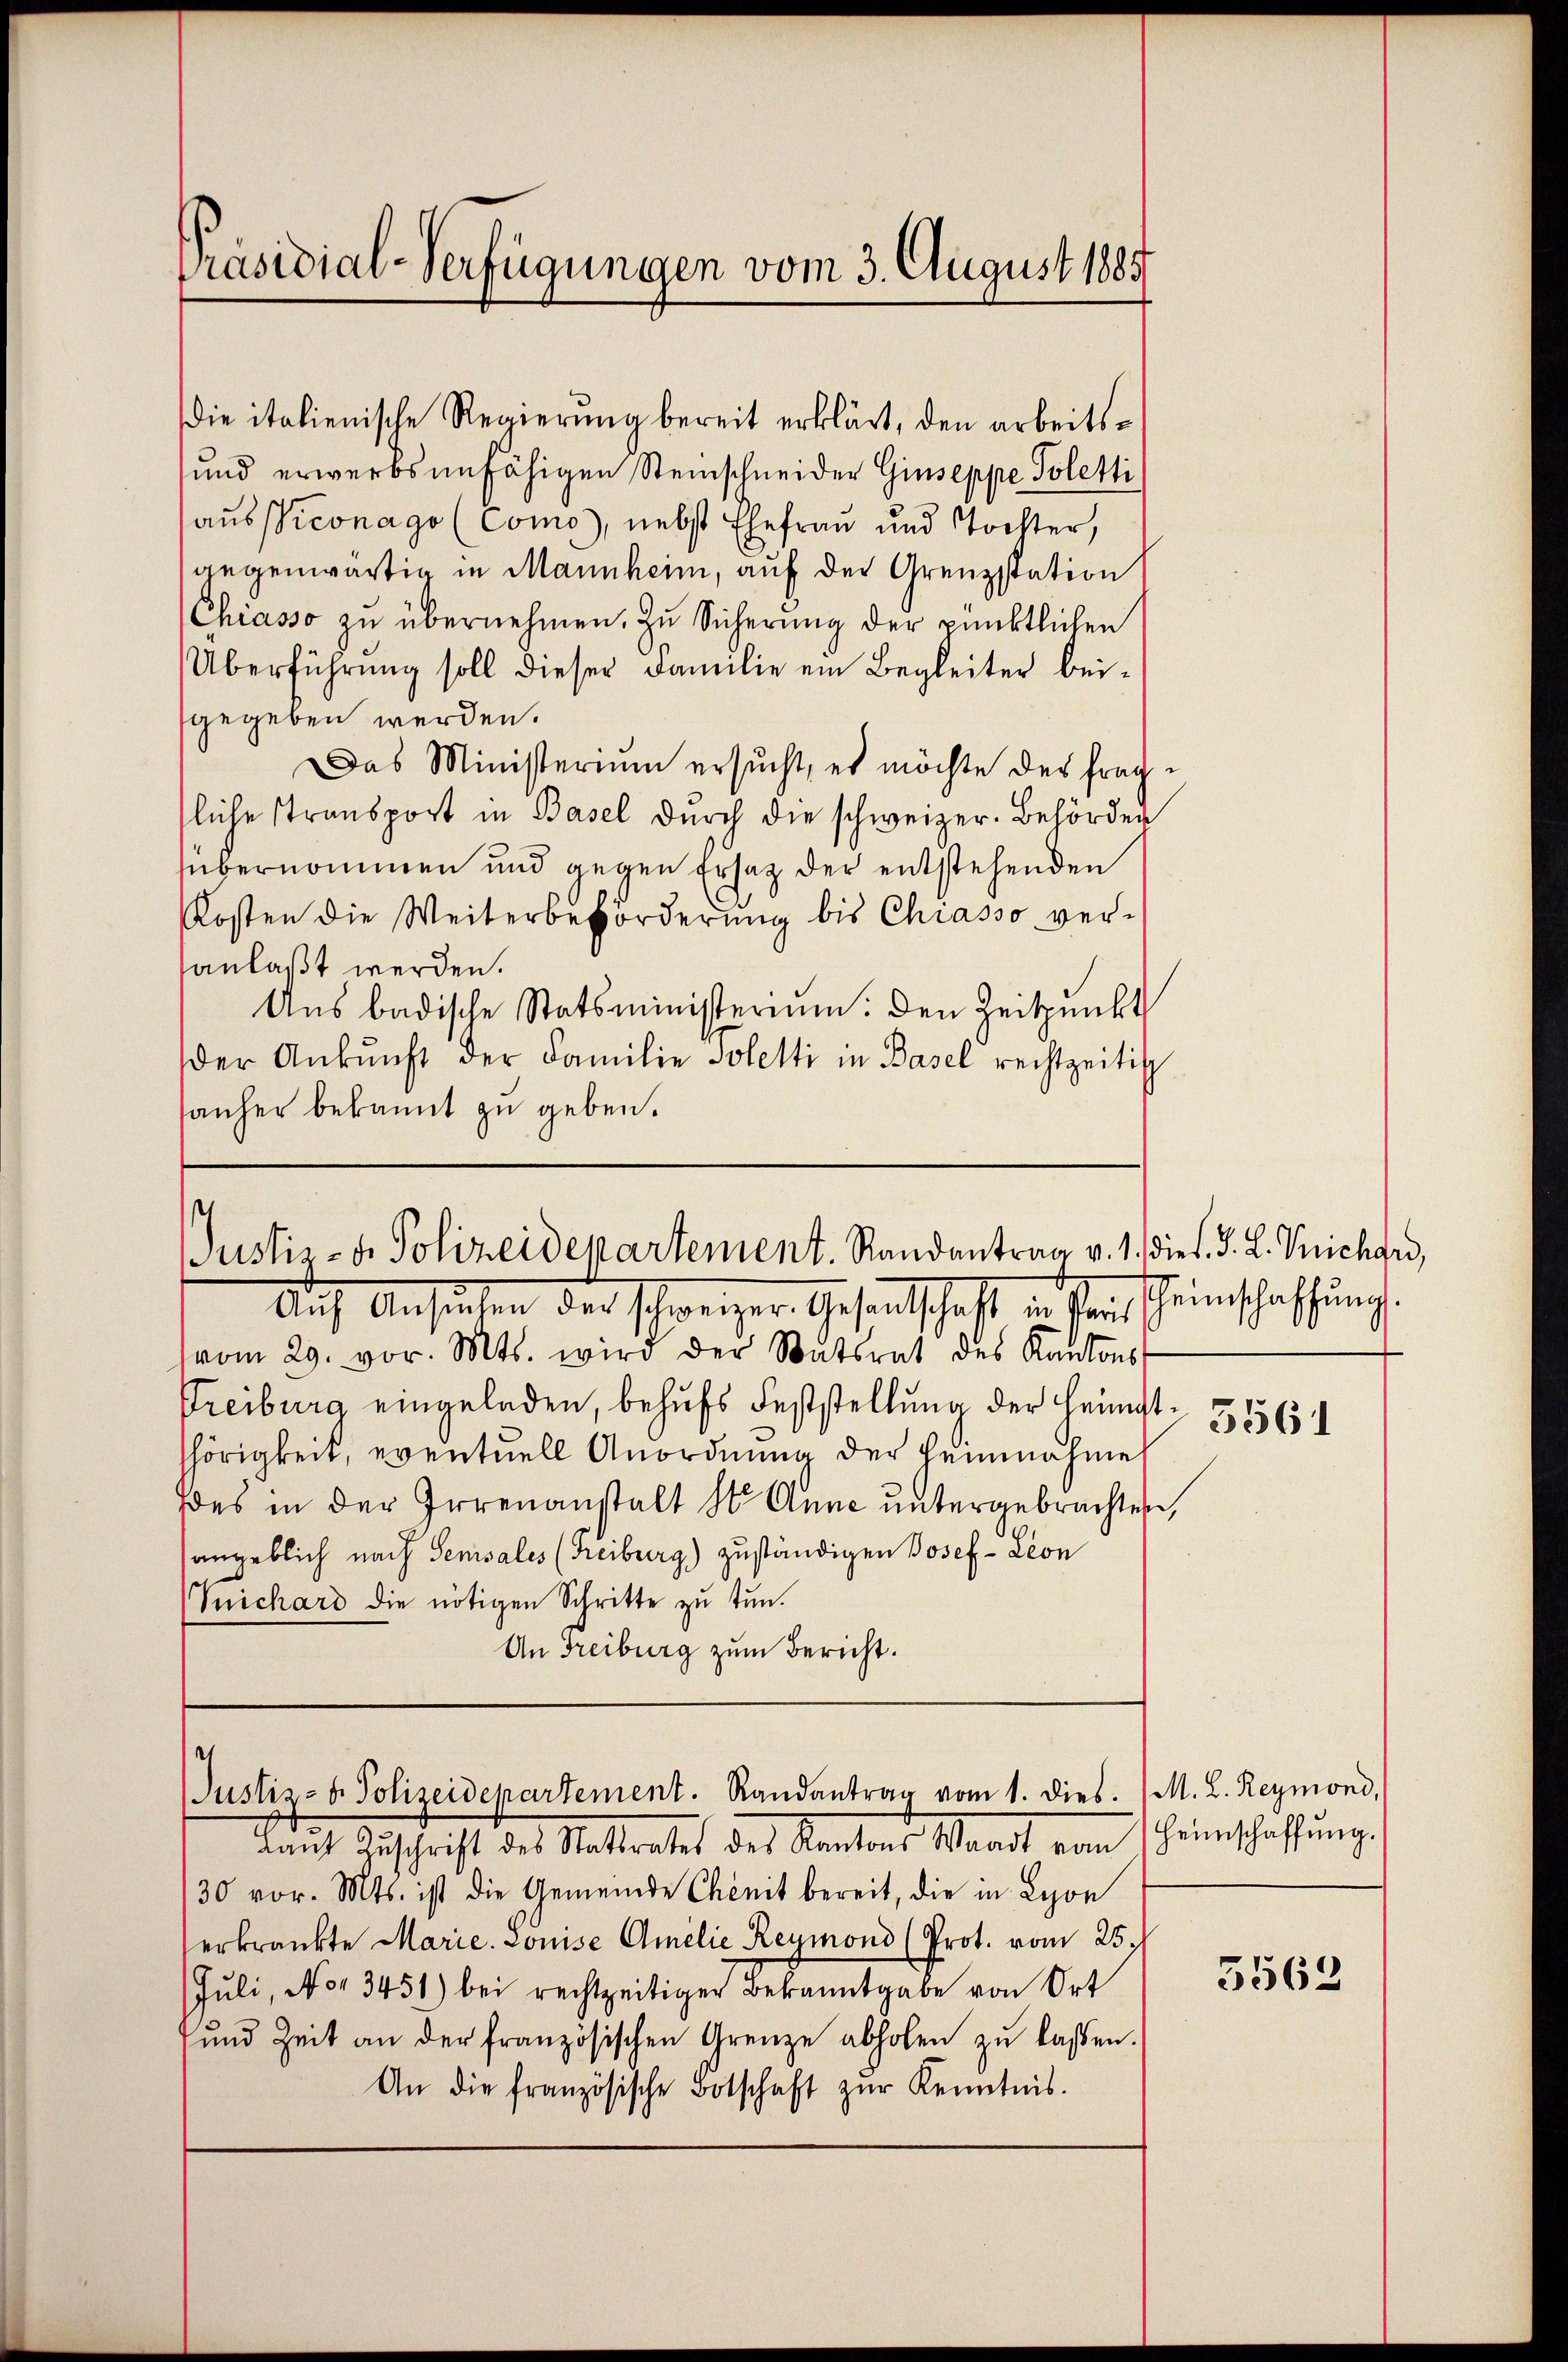
Präsidial-Verfügungen vom 3. August 1885

die italienische Regierŭng bereit erklärt, den arbeits¬
und erwerbsunfähigen Steinschneider Giuseppe Soletti
ausViconago (Come), nebst Ehefrau und Tochter,
gegenwärtig in Mannheim, auf der Grenzstation
(Chiasso zu übernehmen. Zu Sicherung der pünktlichen
Überführung soll dieser Familie ein Begleiter beigegeben werden.
Das Ministerium ersucht, es möchte des fragfliche Stransport in Basel durch die schweizer. Behörden
sübernommen und gegen Ersatz der entstehenden
Kosten die Weiterbeförderŭng bis Chiasso ver-
anlaßt werden.
Ans badische Statsministerium: den Zeitpunkt
der Ankunft der Familie soletti in Basel rechtzeitig
sanher bekannt zu geben.

1
Justiz- u. Polizeidepartement. Randantrag v. 1. dies. S. L. Michard,

Aŭf Ansiehen der schweizer Gesandtschaft in Parischeinschaffŭng
vom 29. vor. Mts. wird der Statsrat des Kantons
Treiburg eingeladen, behufs Feststellung der Heimat- 3556
hörigkeit, eventuell Anordnung der Heimahme
des in der Irrenanstalt St. Anne untergebrachten,
angeblich nach Sensales (Freiburg) zuständigen Josef- Leon
(Suichard die nötigen Schritte zu tun.
An Freiburg zum Bericht.

¬
Justiz- u. Polizeidepartement. Randantrag vom 1. dies. (M. L. Reymond,

Laut Zuschrift des Stattrates des Kantons Waadt von
/30 vor. Mts. ist die Gemeinde Chenit bereit, die in Lyon
erkränkte Marie. Louise Gmelić Reymond (Prot. vom 25.
Juli, No 3451) bei rechtzeitiger Bekanntgabe von Ort
und Zeit an der französischen Grenze abholen zŭ lassen.
An die französische Botschaft zŭr Kenntnis.

Heimschaffung.

5562